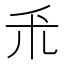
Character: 𫀦